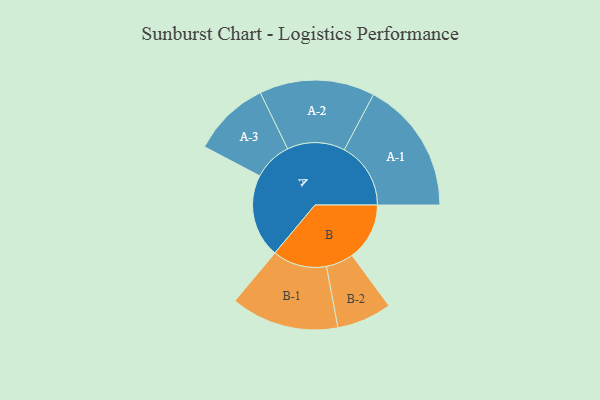
{"axis": {"x": "Segment", "y": "Value"}, "legend": ["", "A", "B"], "data": [{"x": "A", "y": 370, "type": ""}, {"x": "B", "y": 255, "type": ""}, {"x": "A-1", "y": 295, "type": "A"}, {"x": "A-2", "y": 256, "type": "A"}, {"x": "A-3", "y": 172, "type": "A"}, {"x": "B-1", "y": 240, "type": "B"}, {"x": "B-2", "y": 122, "type": "B"}]}